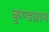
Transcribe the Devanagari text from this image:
कुण्डग्राम